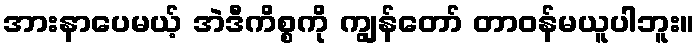
အားနာပေမယ့် အဲဒီကိစ္စကို ကျွန်တော် တာဝန်မယူပါဘူး။